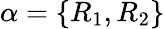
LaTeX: \alpha=\{ R_{1},R_{2}\}